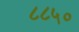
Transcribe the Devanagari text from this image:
८८५०